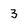
Character: 3